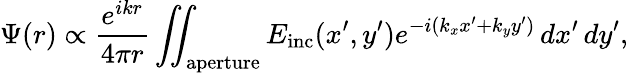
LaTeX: \Psi(r)\propto{\frac{e^{ikr}}{4\pi r}}\iint_{\mathrm{aperture}}E_{\mathrm{inc}}(x^{\prime},y^{\prime})e^{-i(k_{x}x^{\prime}+k_{y}y^{\prime})}\, dx^{\prime}\, dy^{\prime},